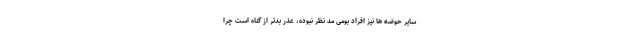
سایر حوضه ها نیز افراد بومی مد نظر نبوده، عذر بدتر از گناه است چرا